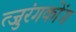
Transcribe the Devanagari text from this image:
त्जुरंगकोंग